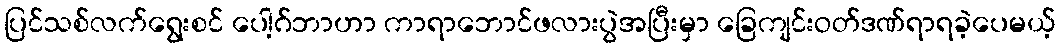
ပြင်သစ်လက်ရွေးစင် ပေါ့ဂ်ဘာဟာ ကာရာဘောင်ဖလားပွဲအပြီးမှာ ခြေကျင်းဝတ်ဒဏ်ရာရခဲ့ပေမယ့်